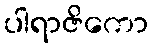
ပါရာဇိကော